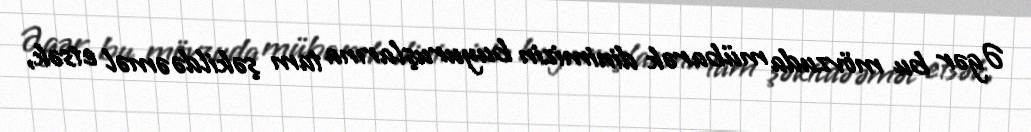
Əgər bu mövzuda mübarək dinimizin buyuruşlarına tam şəkildə əməl etsək,